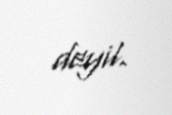
deyil.